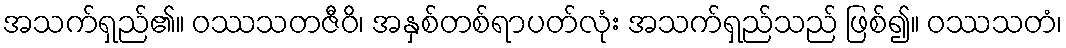
အသက်ရှည်၏။ ဝဿသတဇီဝိ၊ အနှစ်တစ်ရာပတ်လုံး အသက်ရှည်သည် ဖြစ်၍။ ဝဿသတံ၊